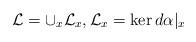
LaTeX: \begin{align*}\mathcal L=\cup_x \mathcal L_x, \mathcal L_x=\ker d\alpha\vert_x\end{align*}